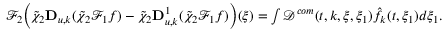
\begin{array} { r } { \mathcal { F } _ { 2 } \Big ( \tilde { \chi } _ { 2 } \mathbf { D } _ { u , k } ( \tilde { \chi } _ { 2 } \mathcal { F } _ { 1 } { f } ) - \tilde { \chi } _ { 2 } \mathbf { D } _ { u , k } ^ { 1 } ( \tilde { \chi } _ { 2 } \mathcal { F } _ { 1 } { f } ) \Big ) ( \xi ) = \int \mathcal { D } ^ { c o m } ( t , k , \xi , \xi _ { 1 } ) \hat { f } _ { k } ( t , \xi _ { 1 } ) d \xi _ { 1 } . } \end{array}